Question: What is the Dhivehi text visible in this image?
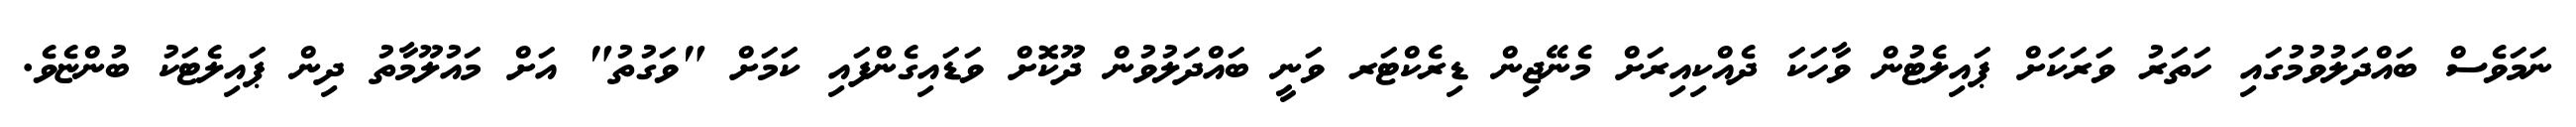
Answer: ނަމަވެސް ބައްދަލުވުމުގައި ހަތަރު ވަރަކަށް ޕައިލެޓުން ވާހަކަ ދެއްކިއިރަށް މެނޭޖިން ޑިރެކްޓަރ ވަނީ ބައްދަލުވުން ދޫކޮށް ވަޑައިގެންފައި ކަމަށް "ވަގުތު" އަށް މައުލޫމާތު ދިން ޕައިލެޓަކު ބުންޏެވެ.